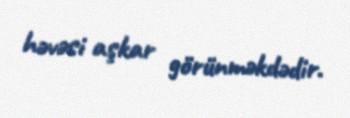
həvəsi aşkar görünməkdədir.